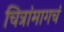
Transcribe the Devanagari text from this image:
चित्रांमागचं